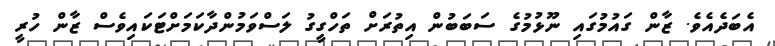
އެބަދެއެވެ. ޒާން ގައުމުގައި ނޫޅުމުގެ ސަބަބުން އިތުރަށް ތަހްގީގު ލަސްވަމުންދާކަމަށްޓަކައިވެސް ޒާން ހުރީ